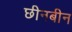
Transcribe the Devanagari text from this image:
छीनबीन